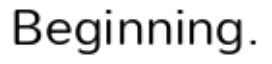
Beginning.